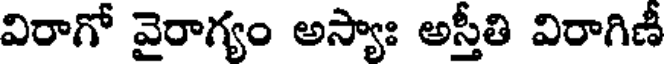
విరాగో వైరాగ్యం అస్యాః అస్తీతి విరాగిణీ